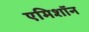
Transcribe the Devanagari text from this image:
एमिशॉन